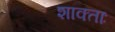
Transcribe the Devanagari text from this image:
शाक्ताः